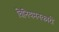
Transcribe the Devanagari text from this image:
विनियमनकारी